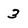
Character: 3